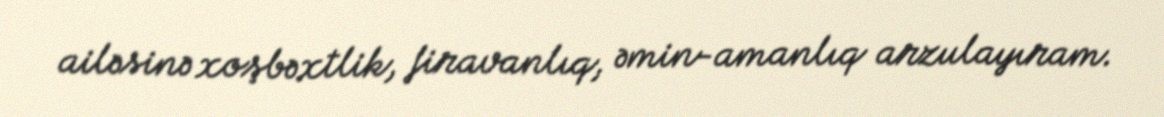
ailəsinə xoşbəxtlik, firavanlıq, əmin-amanlıq arzulayıram.